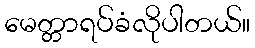
မေတ္တာရပ်ခံလိုပါတယ်။